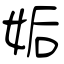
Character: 姤